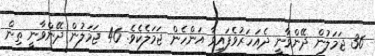
36 ޖަމަލުން ދޭންވާނީ ދެއަހަރުވެފައިވާ އަންހެން ޖަމަލެކެވެ. 46 ޖަމަލުން ދޭންވާނީ ތިން